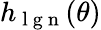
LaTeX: h_{\mathrm{~l~g~n~}}(\theta)